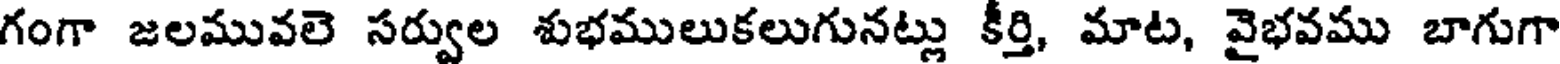
గంగా జలమువలె సర్వుల శుభములుకలుగునట్లు కీర్తి, మాట, వైభవము బాగుగా